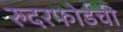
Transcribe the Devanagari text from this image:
रुदरफोर्डची